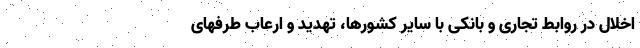
اخلال در روابط تجاری و بانکی با سایر کشورها، تهدید و ارعاب طرفهای